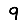
Digit: 9